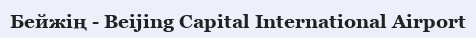
Бейжің - Beijing Capital International Airport